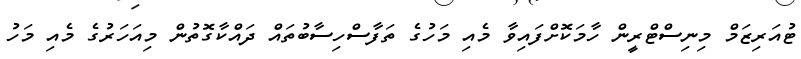
ޓުއަރިޒަމް މިނިސްޓްރީން ހާމަކޮށްފައިވާ މެއި މަހުގެ ތަފާސްހިސާބުތައް ދައްކާގޮތުން މިއަހަރުގެ މެއި މަހު